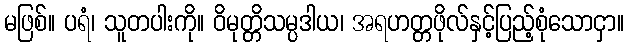
မဖြစ်။ ပရံ၊ သူတပါးကို။ ဝိမုတ္တိသမ္ပဒါယ၊ အရဟတ္တဖိုလ်နှင့်ပြည့်စုံသောငှာ။